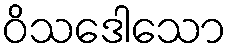
ဝိသဒေါသော